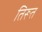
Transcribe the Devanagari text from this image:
तिरूत